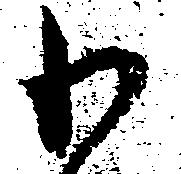
わ